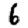
Digit: 6